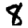
Digit: 8